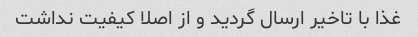
غذا با تاخیر ارسال گردید و از اصلا کیفیت نداشت